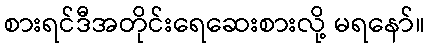
စားရင်ဒီအတိုင်းရေဆေးစားလို့ မရနော်။